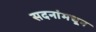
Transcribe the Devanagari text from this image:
सदनांमधून